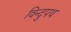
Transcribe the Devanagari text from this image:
विन्दुपथ